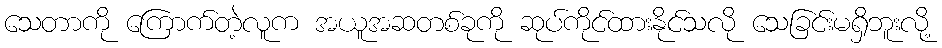
သေတာကို ကြောက်တဲ့လူက အယူအဆတစ်ခုကို ဆုပ်ကိုင်ထားနိုင်သလို သေခြင်းမရှိဘူးလို့